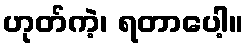
ဟုတ်ကဲ့၊ ရတာပေါ့။